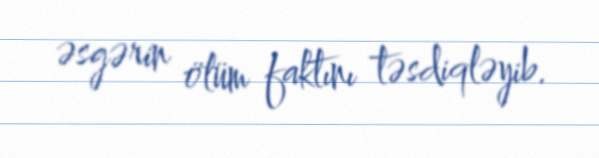
əsgərin ölüm faktını təsdiqləyib.